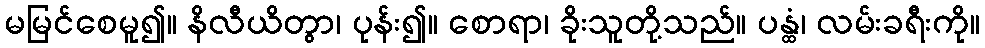
မမြင်စေမူ၍။ နိလီယိတွာ၊ ပုန်း၍။ စောရာ၊ ခိုးသူတို့သည်။ ပန္ထံ၊ လမ်းခရီးကို။